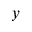
y